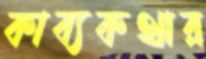
কাব্যকথার